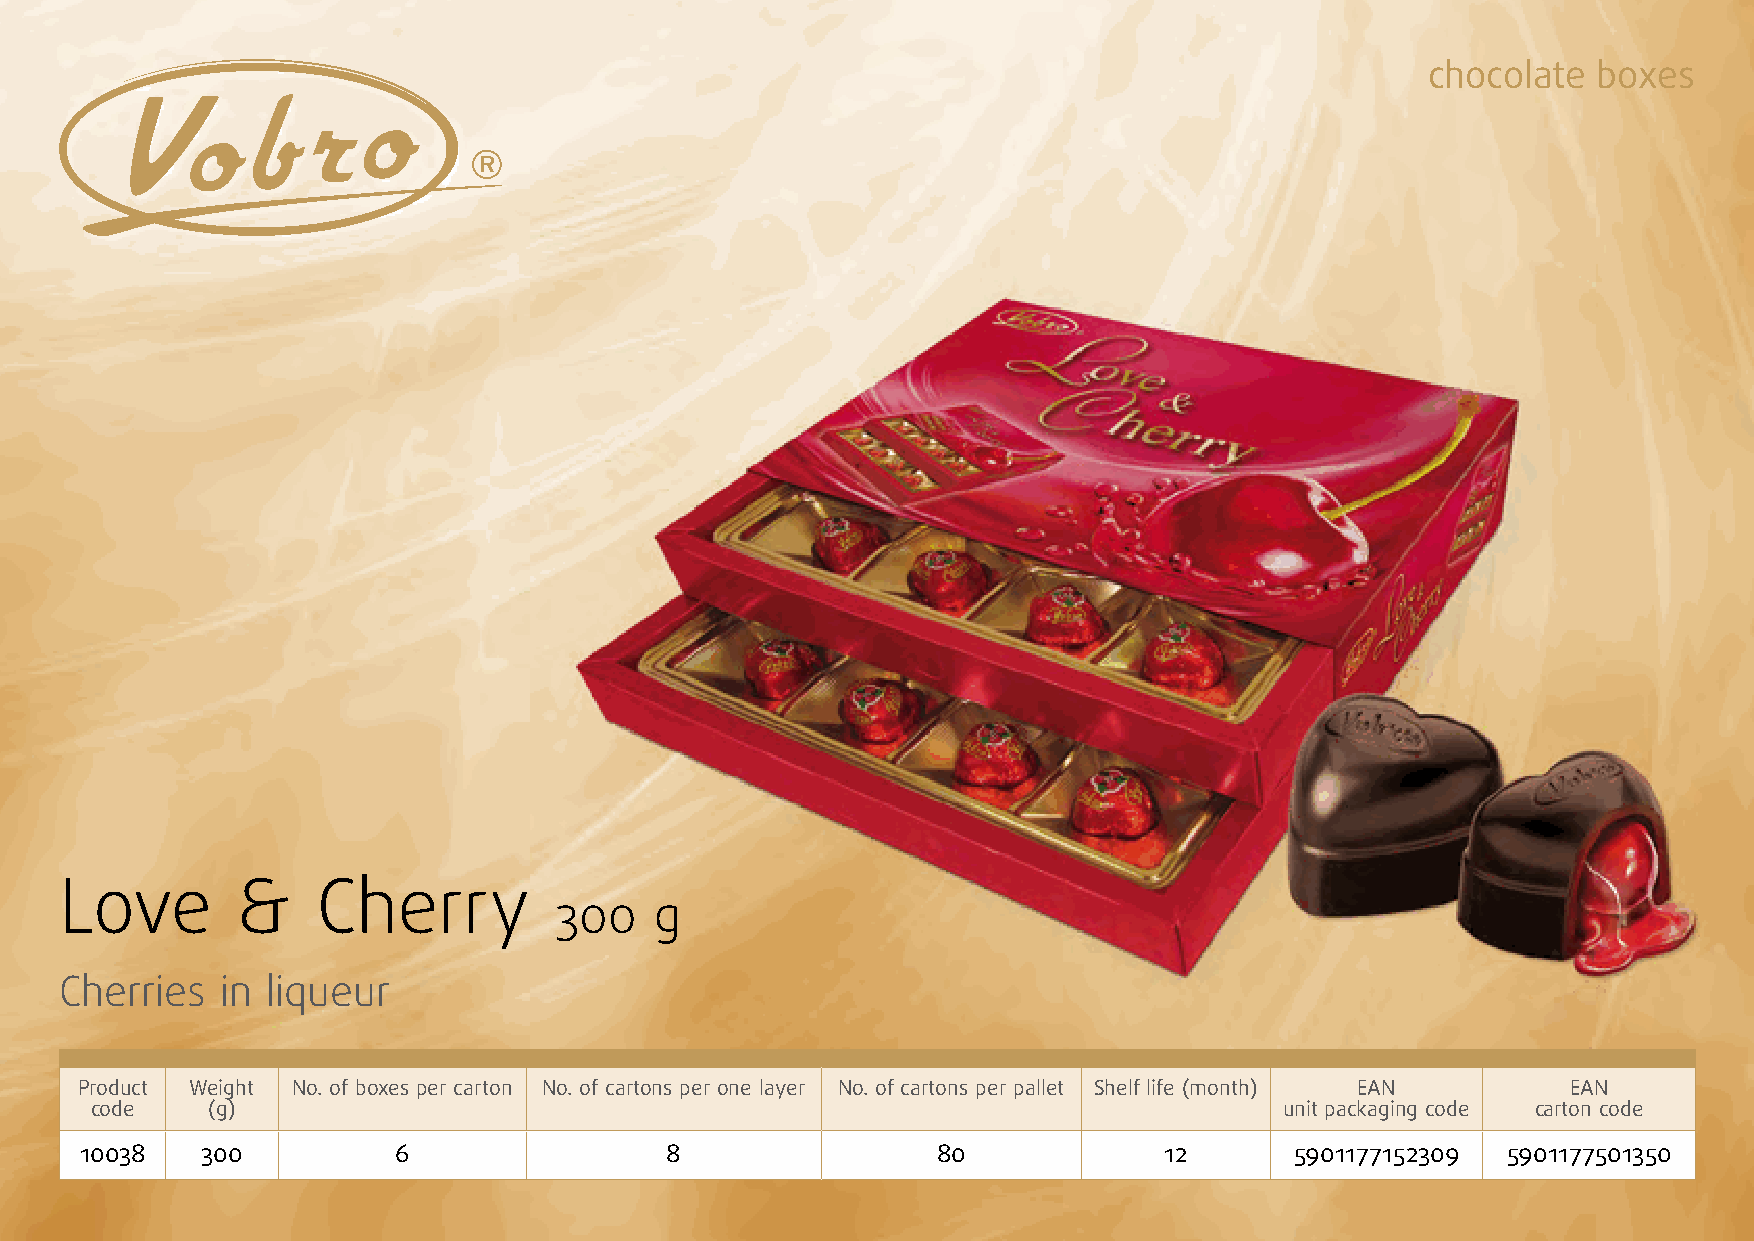
chocolate  boxes
 Love        &    Cherry
 300   g
 Cherries   in liqueur
 Product Weight No. of boxes per carton No. of cartons per one layer No. of cartons per pallet Shelf life (month) EAN EAN
 code    (g)                                                                    unit packaging code carton code
 10038   300          6                 8                 80             12       5901177152309 5901177501350